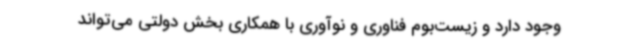
وجود دارد و زیست‌بوم فناوری و نوآوری با همکاری بخش دولتی می‌تواند